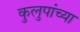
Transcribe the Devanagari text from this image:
कुलुपांच्या